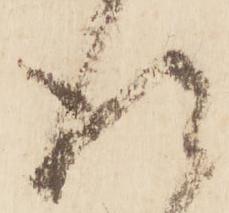
得